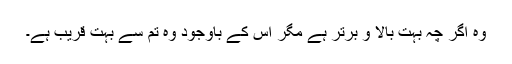
وہ اگر چہ بہت بالا و برتر ہے مگر اس کے باوجود وہ تم سے بہت قریب ہے۔